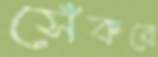
সেঁকবে